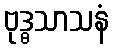
ဗုဒ္ဓသာသနံ